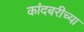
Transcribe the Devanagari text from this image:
कांदबरीच्या